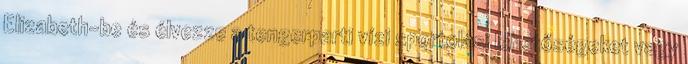
Elizabeth-be és élvezze a tengerparti vízi sportolási lehetőségeket vagy